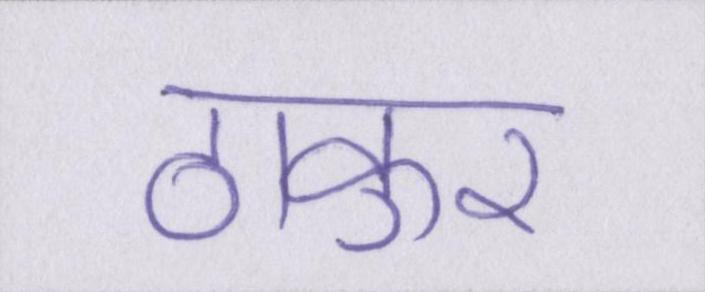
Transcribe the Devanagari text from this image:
ठाकुर